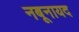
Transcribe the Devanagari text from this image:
नबूनायद